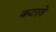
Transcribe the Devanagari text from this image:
कटरवे